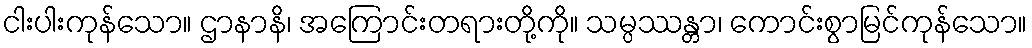
ငါးပါးကုန်သော။ ဌာနာနိ၊ အကြောင်းတရားတို့ကို။ သမ္ပဿန္တာ၊ ကောင်းစွာမြင်ကုန်သော။